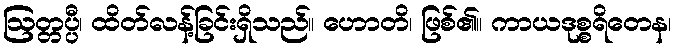
ဩတ္တပ္ပီ၊ ထိတ်လန့်ခြင်းရှိသည်။ ဟောတိ၊ ဖြစ်၏။ ကာယဒုစ္စရိတေန၊